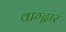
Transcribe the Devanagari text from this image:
वाग्द्वार